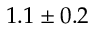
1 . 1 \pm 0 . 2